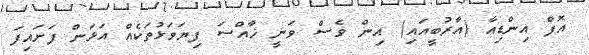
އޮފް އިންޑިއާ (އާރުބީއައި) އިން ވެސް ވަނީ ޚާއްސަ ފިޔަވަޅުތަކެއް އަޅަން ފަށައިފަ